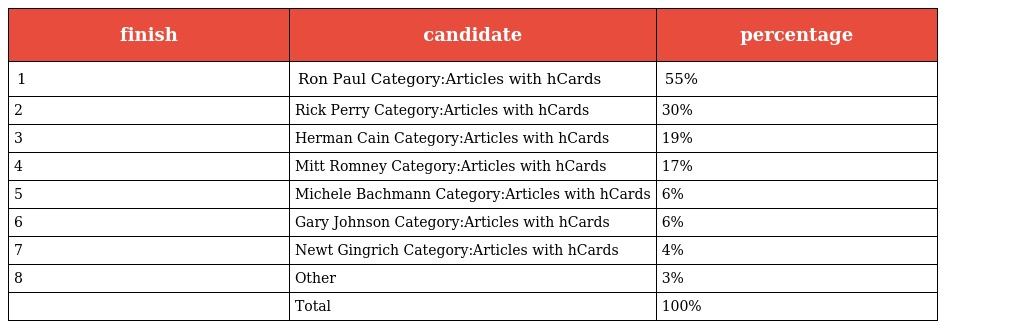
| finish | candidate | percentage |
 | --- | --- | --- |
 | 1 | Ron Paul Category:Articles with hCards | 55% |
 | 2 | Rick Perry Category:Articles with hCards | 30% |
 | 3 | Herman Cain Category:Articles with hCards | 19% |
 | 4 | Mitt Romney Category:Articles with hCards | 17% |
 | 5 | Michele Bachmann Category:Articles with hCards | 6% |
 | 6 | Gary Johnson Category:Articles with hCards | 6% |
 | 7 | Newt Gingrich Category:Articles with hCards | 4% |
 | 8 | Other | 3% |
 |  | Total | 100% |